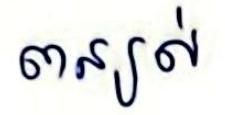
បន្យល់